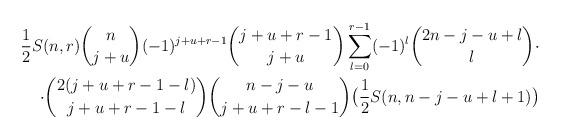
LaTeX: \begin{align*}\frac{1}{2}S(n,r)\binom{n}{j+u}(-1)^{j+u+r-1}\binom{j+u+r-1}{j+u}\sum_{l=0}^{r-1}(-1)^l\binom{2n-j-u+l}{l}\cdot\\\cdot\binom{2(j+u+r-1-l)}{j+u+r-1-l}\binom{n-j-u}{j+u+r-l-1}\bigl{(}\frac{1}{2}S(n,n-j-u+l+1)\bigr{)}\end{align*}